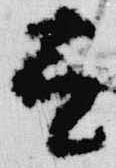
有